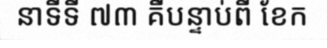
នាទីទី ៧៣ គឺបន្ទាប់ពី ខែក